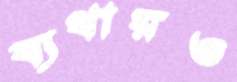
ব্যথায়ও